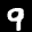
Label: 9